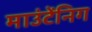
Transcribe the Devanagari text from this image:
माउंटेंनिग